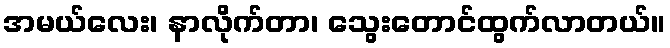
အမယ်လေး၊ နာလိုက်တာ၊ သွေးတောင်ထွက်လာတယ်။